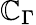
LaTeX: \mathbb{C}_{\Gamma}